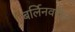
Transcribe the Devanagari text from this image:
बर्लिनवरील